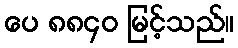
ပေ ၈၈၄၀ မြင့်သည်။